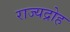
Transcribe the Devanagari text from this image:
राज्यद्रोह